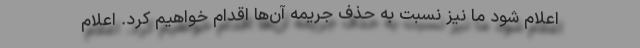
اعلام شود ما نیز نسبت به حذف جریمه آن‌ها اقدام خواهیم کرد. اعلام